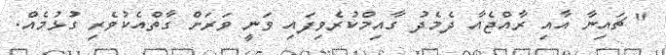
" ޗައިނާ އާއި ރާއްޖެއާ ދެމެދު ގާއިމްކުރެވިފައި ވަނީ ވަރަށް ގާތްއެކުވެރި ގުޅުމެއް.